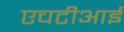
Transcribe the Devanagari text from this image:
एचटीआई